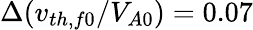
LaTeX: \Delta(v_{th,f0}/V_{A0})=0.07